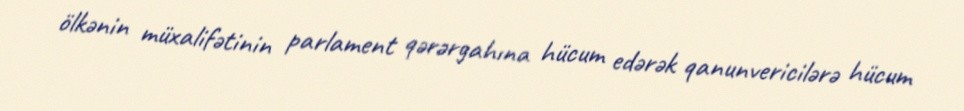
ölkənin müxalifətinin parlament qərərgahına hücum edərək qanunvericilərə hücum